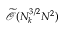
\widetilde { \mathcal { O } } ( N _ { k } ^ { 3 / 2 } N ^ { 2 } )